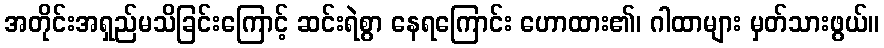
အတိုင်းအရှည်မသိခြင်းကြောင့် ဆင်းရဲစွာ နေရကြောင်း ဟောထား၏၊ ဂါထာများ မှတ်သားဖွယ်။